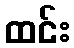
ထင်း